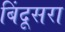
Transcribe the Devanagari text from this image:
बिंदूसरा